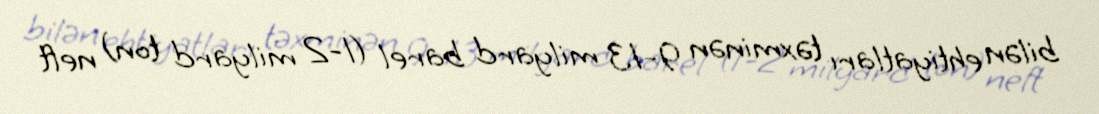
bilən ehtiyatları təxminən 9-13 milyard barel (1-2 milyard ton) neft